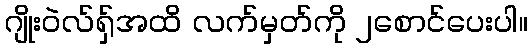
ဂျိုးဝဲလ်ရှ်အထိ လက်မှတ်ကို ၂စောင်ပေးပါ။